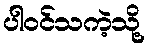
ပါဝင်သကဲ့သို့